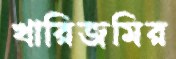
খারিজমির